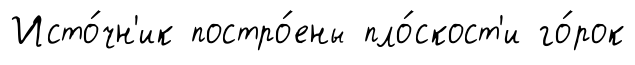
Исто́чн'ик постро́ены пло́скост'и го́рок